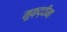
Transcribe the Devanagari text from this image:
मुक़द्दीमा